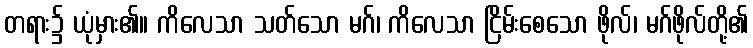
တရား၌ ယုံမှား၏။ ကိလေသာ သတ်သော မဂ်၊ ကိလေသာ ငြိမ်းစေသော ဖိုလ်၊ မဂ်ဖိုလ်တို့၏